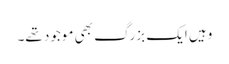
وہیں ایک بزرگ بھی موجود تھے۔